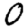
Digit: 0